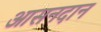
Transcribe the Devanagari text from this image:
आसनदान